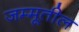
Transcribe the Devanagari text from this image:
जम्मूतील